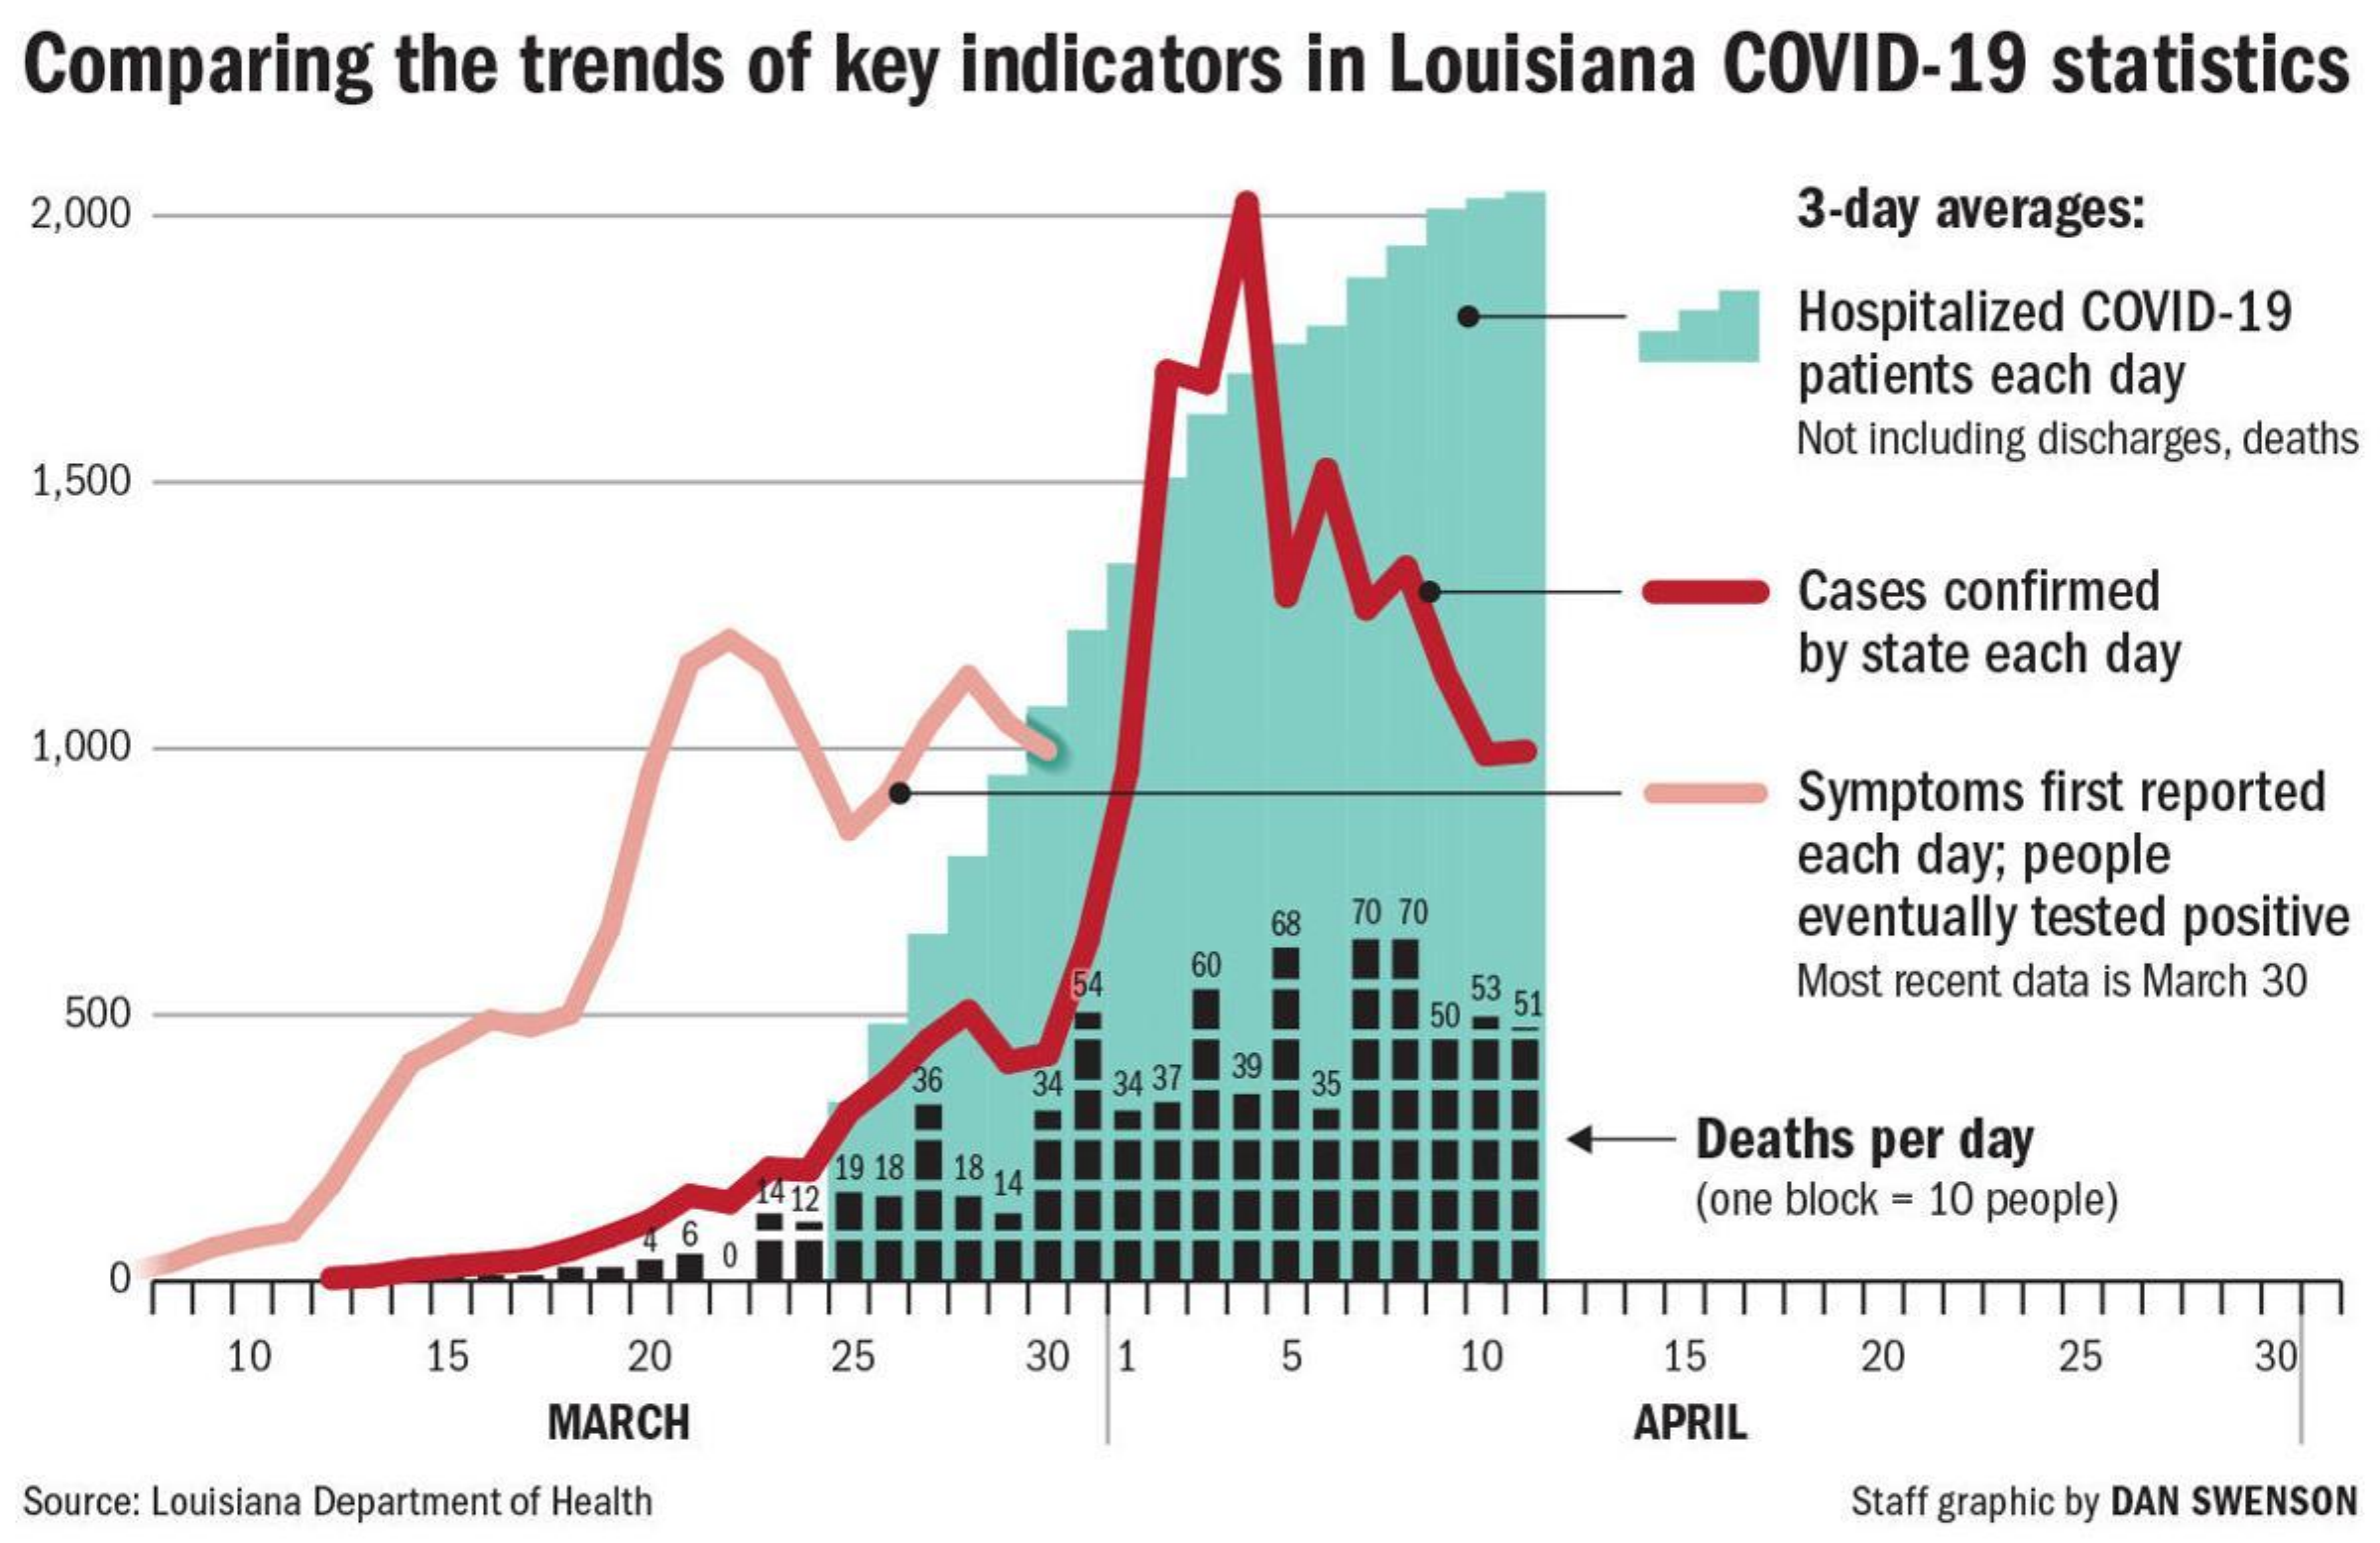
Comparing the trends of key indicators in Louisiana COVID-19 statistics
  2,000    3-day averages:
     Hospitalized COVID-19
     patients each day
     Not including discharges, deaths
  1,500
     Cases confirmed
     by state each day
  1,000
     Symptoms first reported
     each day; people
     68 70 70    eventually tested positive
     154
     60
  500
     53    Most recent data is March 30
     50 51
     36 34 34 37 39
     35
     Deaths per day
     19 18 18
     12
     14
     (one block = 10 people)
     6
   0
     TTT  TT
     10    15   20    25   30 1  5    10    15   20   25   30
     MARCH    APRIL
  Source: Louisiana Department of Health    Staff graphic by DAN SWENSON